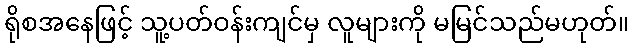
ရိုစအနေဖြင့် သူ့ပတ်ဝန်းကျင်မှ လူများကို မမြင်သည်မဟုတ်။